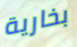
بخارية